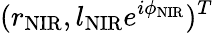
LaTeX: (r_{\mathrm{NIR}},l_{\mathrm{NIR}}e^{i\phi_{\mathrm{NIR}}})^{T}